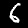
Label: 6